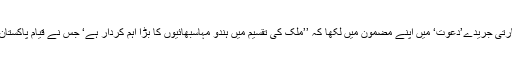
ایک بھارتی مصنف عبدالقیوم ندوی نے ایک بھارتی جریدے’دعوت‘ میں اپنے مضمون میں لکھا کہ ’’ملک کی تقسیم میں ہندو مہاسبھائیوں کا بڑا اہم کردار ہے‘ جس نے قیام پاکستان کی تحریک کو فروغ دینے میں کافی حصہ لیا۔